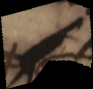
s